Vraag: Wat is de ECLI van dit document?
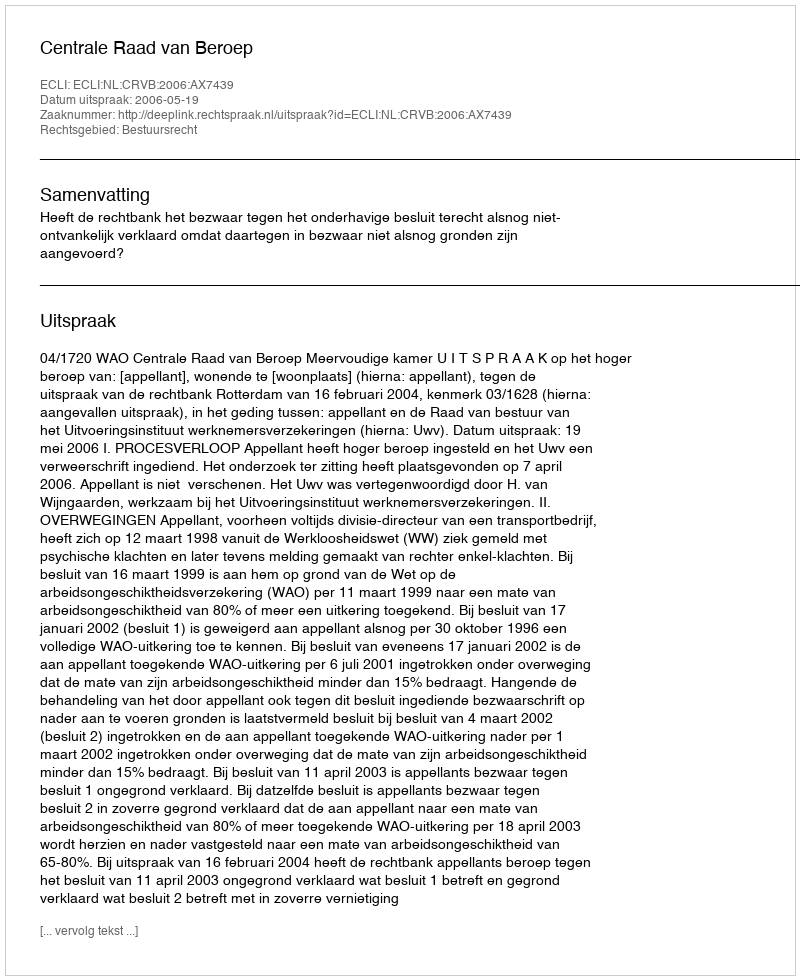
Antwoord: ECLI:NL:CRVB:2006:AX7439